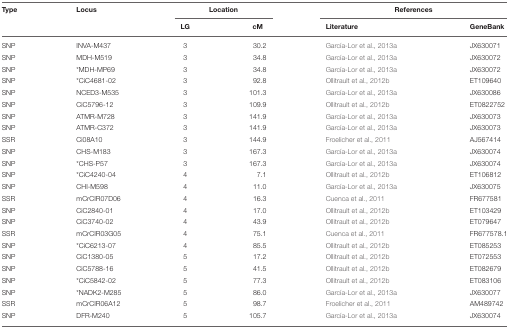
<table><thead><tr><td><b>Type</b></td><td><b>Locus</b></td><td colspan="2"><b>Location</b></td><td colspan="2"><b>References</b></td></tr><tr><td></td><td></td><td><b>LG</b></td><td><b>cM</b></td><td><b>Literature</b></td><td><b>GeneBank</b></td></tr></thead><tbody><tr><td>SNP</td><td>INVA-M437</td><td>3</td><td>30.2</td><td>García-Lor et al., 2013a</td><td>JX630071</td></tr><tr><td>SNP</td><td>MDH-M519</td><td>3</td><td>34.8</td><td>García-Lor et al., 2013a</td><td>JX630072</td></tr><tr><td>SNP</td><td><sup>*</sup>MDH-MP69</td><td>3</td><td>34.8</td><td>García-Lor et al., 2013a</td><td>JX630072</td></tr><tr><td>SNP</td><td><sup>*</sup>CiC4681-02</td><td>3</td><td>92.8</td><td>Ollitrault et al., 2012b</td><td>ET109640</td></tr><tr><td>SNP</td><td>NCED3-M535</td><td>3</td><td>101.3</td><td>García-Lor et al., 2013a</td><td>JX630086</td></tr><tr><td>SNP</td><td>CiC5796-12</td><td>3</td><td>109.9</td><td>Ollitrault et al., 2012b</td><td>ET0822752</td></tr><tr><td>SNP</td><td>ATMR-M728</td><td>3</td><td>141.9</td><td>García-Lor et al., 2013a</td><td>JX630073</td></tr><tr><td>SNP</td><td>ATMR-C372</td><td>3</td><td>141.9</td><td>García-Lor et al., 2013a</td><td>JX630073</td></tr><tr><td>SSR</td><td>Ci08A10</td><td>3</td><td>144.9</td><td>Froelicher et al., 2011</td><td>AJ567414</td></tr><tr><td>SNP</td><td>CHS-M183</td><td>3</td><td>167.3</td><td>García-Lor et al., 2013a</td><td>JX630074</td></tr><tr><td>SNP</td><td><sup>*</sup>CHS-P57</td><td>3</td><td>167.3</td><td>García-Lor et al., 2013a</td><td>JX630074</td></tr><tr><td>SNP</td><td><sup>*</sup>CiC4240-04</td><td>4</td><td>7.1</td><td>Ollitrault et al., 2012b</td><td>ET106812</td></tr><tr><td>SNP</td><td>CHI-M598</td><td>4</td><td>11.0</td><td>García-Lor et al., 2013a</td><td>JX630075</td></tr><tr><td>SSR</td><td>mCrCIR07D06</td><td>4</td><td>16.3</td><td>Cuenca et al., 2011</td><td>FR677581</td></tr><tr><td>SNP</td><td>CiC2840-01</td><td>4</td><td>17.0</td><td>Ollitrault et al., 2012b</td><td>ET103429</td></tr><tr><td>SNP</td><td>CiC3740-02</td><td>4</td><td>43.9</td><td>Ollitrault et al., 2012b</td><td>ET079647</td></tr><tr><td>SSR</td><td>mCrCIR03G05</td><td>4</td><td>75.1</td><td>Cuenca et al., 2011</td><td>FR677578.1</td></tr><tr><td>SNP</td><td><sup>*</sup>CiC6213-07</td><td>4</td><td>85.5</td><td>Ollitrault et al., 2012b</td><td>ET085253</td></tr><tr><td>SNP</td><td>CiC1380-05</td><td>5</td><td>17.2</td><td>Ollitrault et al., 2012b</td><td>ET072553</td></tr><tr><td>SNP</td><td>CiC5788-16</td><td>5</td><td>41.5</td><td>Ollitrault et al., 2012b</td><td>ET082679</td></tr><tr><td>SNP</td><td><sup>*</sup>CiC5842-02</td><td>5</td><td>77.3</td><td>Ollitrault et al., 2012b</td><td>ET083106</td></tr><tr><td>SNP</td><td><sup>*</sup>NADK2-M285</td><td>5</td><td>86.0</td><td>García-Lor et al., 2013a</td><td>JX630077</td></tr><tr><td>SSR</td><td>mCrCIR06A12</td><td>5</td><td>98.7</td><td>Froelicher et al., 2011</td><td>AM489742</td></tr><tr><td>SNP</td><td>DFR-M240</td><td>5</td><td>105.7</td><td>García-Lor et al., 2013a</td><td>JX630074</td></tr></tbody></table>